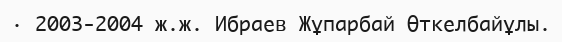
· 2003-2004 ж.ж. Ибраев Жұпарбай Өткелбайұлы.